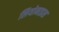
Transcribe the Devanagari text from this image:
लियोनाइस